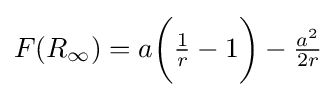
{\textstyle F(R_{\infty })=a{\biggl (}{\frac {1}{r}}-1{\biggr )}-{\frac {a^{2}}{2r}}}